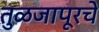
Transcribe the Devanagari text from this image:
तुळजापूरचे